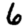
Digit: 6